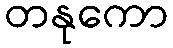
တနုကော